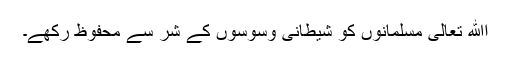
اﷲ تعالیٰ مسلمانوں کو شیطانی وسوسوں کے شر سے محفوظ رکھے۔